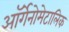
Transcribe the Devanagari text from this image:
ऑर्गेनोमेटालिक